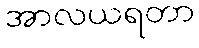
အာလယရတာ